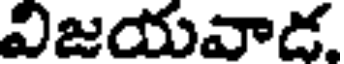
విజయవాడ.